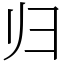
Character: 归